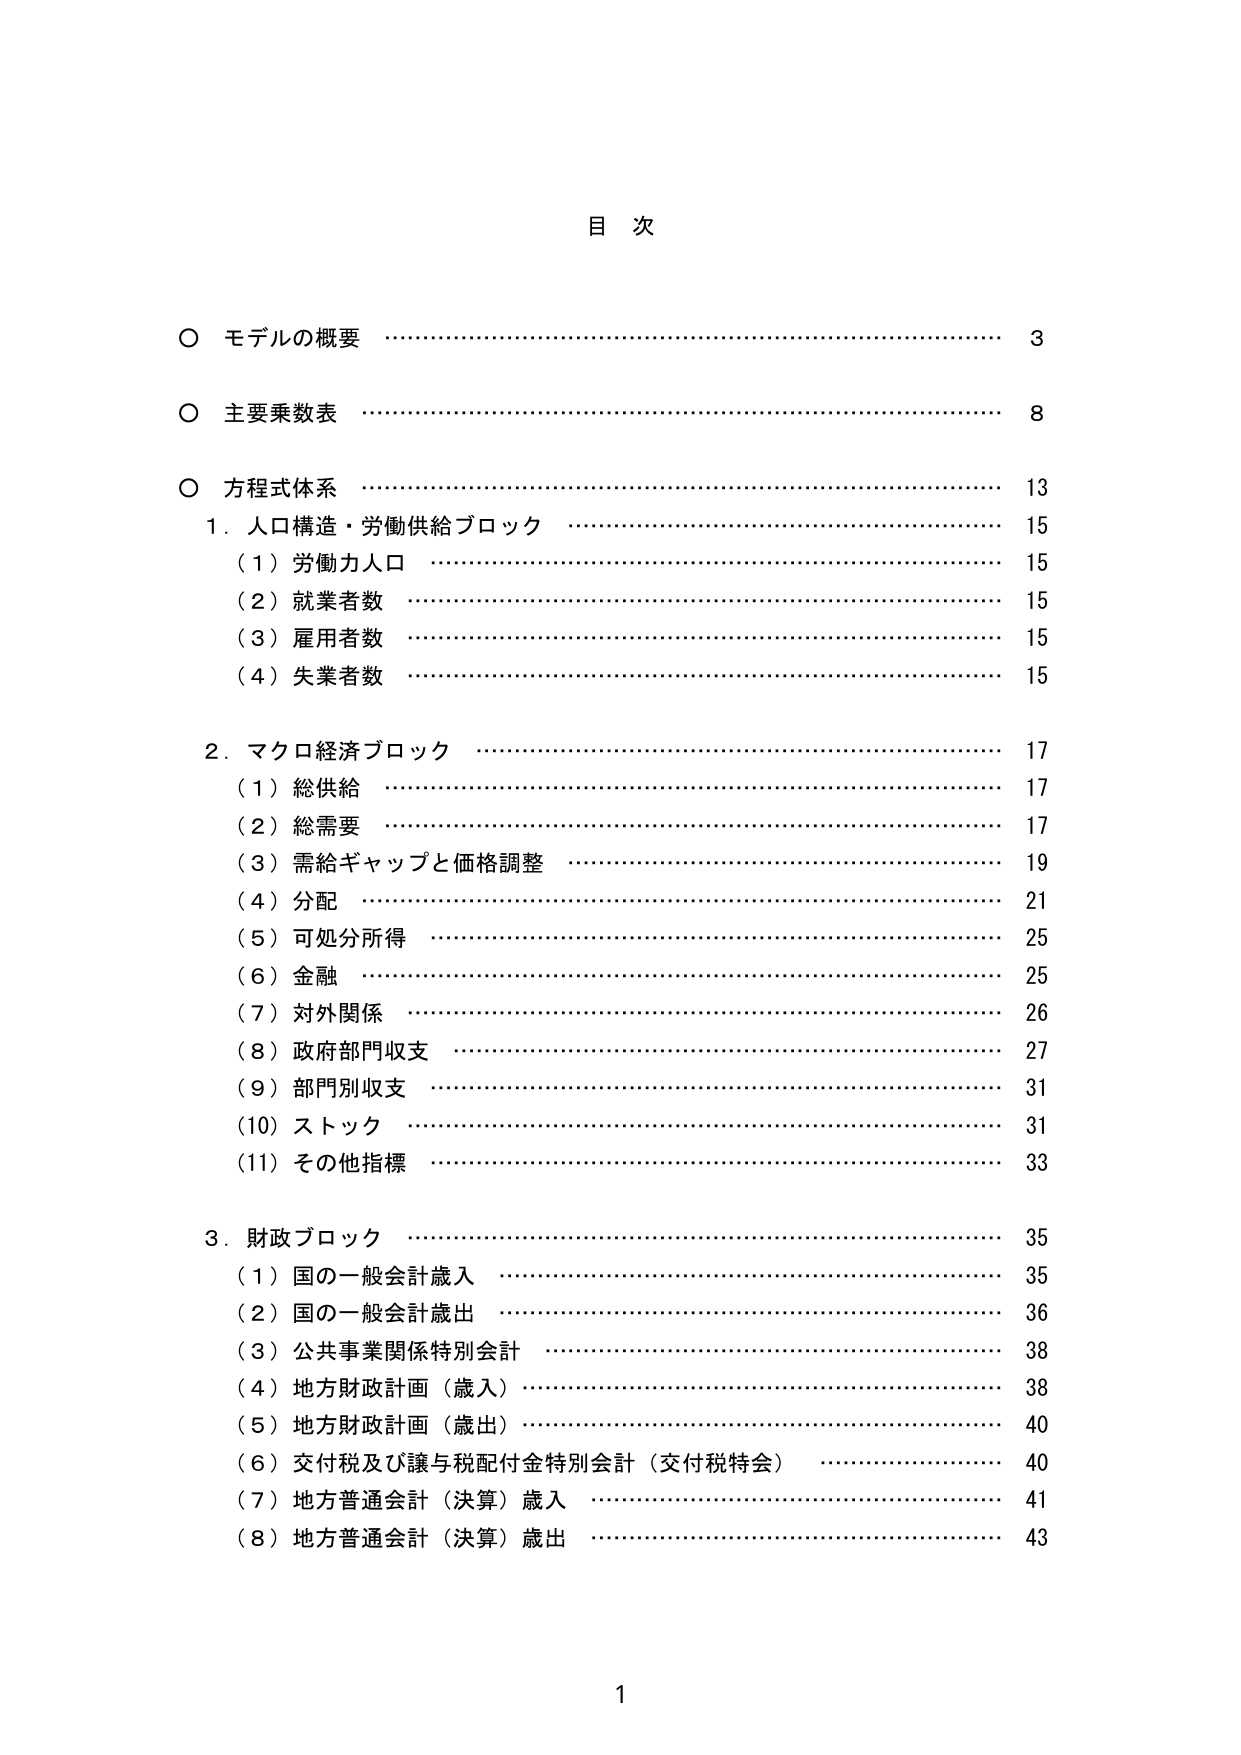
目 次

○ モデルの概要 ……………………………………………………………… 3
○ 主要乗数表 ……………………………………………………………… 8
○ 方程式体系 ……………………………………………………………… 13
　1．人口構造・労働供給ブロック ……………………………………… 15
　　（1）労働力人口 ……………………………………………………… 15
　　（2）就業者数 ………………………………………………………… 15
　　（3）雇用者数 ………………………………………………………… 15
　　（4）失業者数 ………………………………………………………… 15
　2．マクロ経済ブロック ………………………………………………… 17
　　（1）総供給 …………………………………………………………… 17
　　（2）総需要 …………………………………………………………… 17
　　（3）需給ギャップと価格調整 ……………………………………… 19
　　（4）分配 ……………………………………………………………… 21
　　（5）可処分所得 ……………………………………………………… 25
　　（6）金融 ……………………………………………………………… 25
　　（7）対外関係 ………………………………………………………… 26
　　（8）政府部門収支 …………………………………………………… 27
　　（9）部門別収支 ……………………………………………………… 31
　　（10）ストック ………………………………………………………… 31
　　（11）その他指標 ……………………………………………………… 33
　3．財政ブロック ………………………………………………………… 35
　　（1）国の一般会計歳入 ……………………………………………… 35
　　（2）国の一般会計歳出 ……………………………………………… 36
　　（3）公共事業関係特別会計 ………………………………………… 38
　　（4）地方財政計画（歳入） ………………………………………… 38
　　（5）地方財政計画（歳出） ………………………………………… 40
　　（6）交付税及び譲与税配付金特別会計（交付税特会） ………… 40
　　（7）地方普通会計（決算）歳入 …………………………………… 41
　　（8）地方普通会計（決算）歳出 …………………………………… 43

1